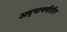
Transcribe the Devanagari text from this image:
अणुचाचणीतील